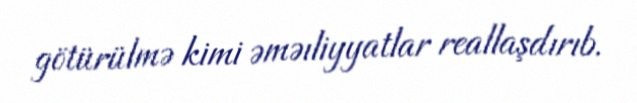
götürülmə kimi əməıliyyatlar reallaşdırıb.